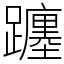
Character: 躔